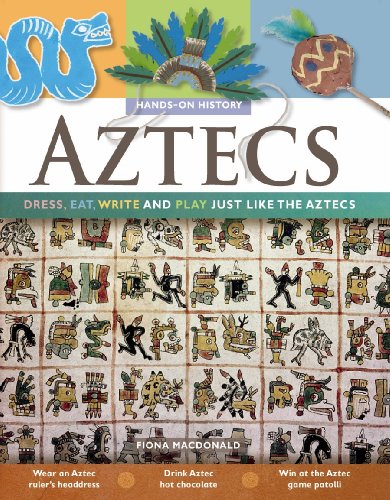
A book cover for Aztecs: Dress, Eat, Write, and Play Just Like the Aztecs (Hands-on History); Fiona MacDonald; Children's Books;